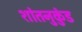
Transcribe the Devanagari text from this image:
शांतनुकुंड